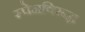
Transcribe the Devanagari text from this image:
स्पेनविरूद्ध